Insane asylums in Bengal annual reports 1876-1887 - 1876-1887
Year: 1876
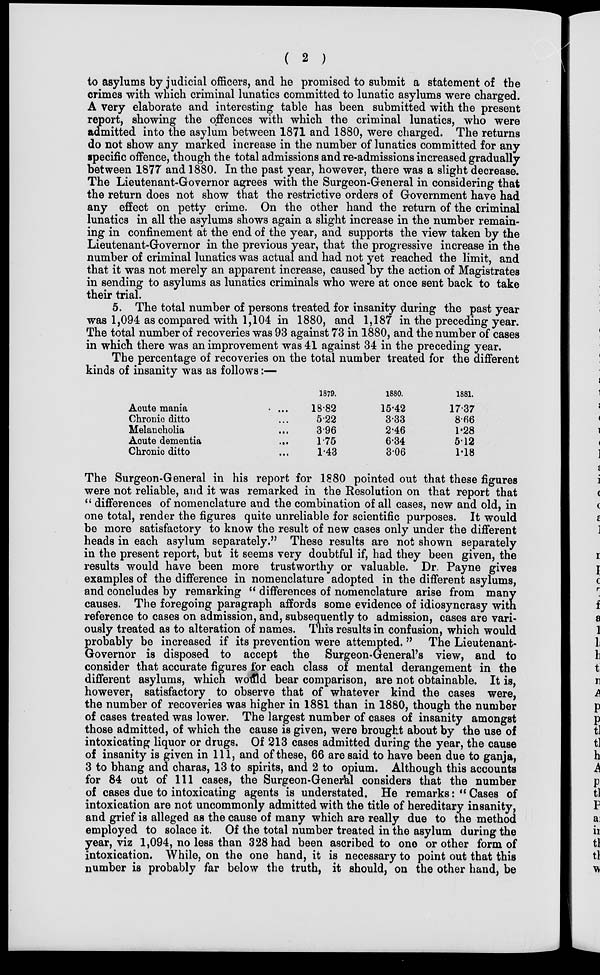
( 2 )
to asylums by judicial officers, and he promised to submit a statement of the
crimes with which criminal lunatics committed to lunatic asylums were charged.
A very elaborate and interesting table has been submitted with the present
report, showing the offences with which the criminal lunatics, who were
admitted into the asylum between 1871 and 1880, were charged. The returns
do not show any marked increase in the number of lunatics committed for any
specific offence, though the total admissions and re-admissions increased gradually
between 1877 and 1880. In the past year, however, there was a slight decrease.
The Lieutenant-Governor agrees with the Surgeon-General in considering that
the return does not show that the restrictive orders of Government have had
any effect on petty crime. On the other hand the return of the criminal
lunatics in all the asylums shows again a slight increase in the number remain-
ing in confinement at the end of the year, and supports the view taken by the
Lieutenant-Governor in the previous year, that the progressive increase in the
number of criminal lunatics was actual and had not yet reached the limit, and
that it was not merely an apparent increase, caused by the action of Magistrates
in sending to asylums as lunatics criminals who were at once sent back to take
their trial.
5. The total number of persons treated for insanity during the past year
was 1,094 as compared with 1,104 in 1880, and 1,187 in the preceding year.
The total number of recoveries was 93 against 73 in 1880, and the number of cases
in which there was an improvement was 41 against 34 in the preceding year.
The percentage of recoveries on the total number treated for the different
kinds of insanity was as follows:—
Acute mania
...
Chronic ditto ...
Melancholia ...
Acute dementia ...
Chronic ditto ...
1879.
18.82
5.22
3.96
1.75
1.43
1880.
15.42
3.33
2.46
6.34
3.06
1881.
17.37
8.66
1.28
5.12
1.18
The Surgeon-General in his report for 1880 pointed out that these figures
were not reliable, and it was remarked in the Resolution on that report that
" differences of nomenclature and the combination of all cases, new and old, in
one total, render the figures quite unreliable for scientific purposes. It would
be more satisfactory to know the result of new cases only under the different
heads in each asylum separately." These results are not shown separately
in the present report, but it seems very doubtful if, had they been given, the
results would have been more trustworthy or valuable. Dr. Payne gives
examples of the difference in nomenclature adopted in the different asylums,
and concludes by remarking " differences of nomenclature arise from many
causes. The foregoing paragraph affords some evidence of idiosyncrasy with
reference to cases on admission, and, subsequently to admission, cases are vari-
ously treated as to alteration of names. This results in confusion, which would
probably be increased if its prevention were attempted. " The Lieutenant-
Governor is disposed to accept the Surgeon-General's view, and to
consider that accurate figures for each class of mental derangement in the
different asylums, which would bear comparison, are not obtainable. It is,
however, satisfactory to observe that of whatever kind the cases were,
the number of recoveries was higher in 1881 than in 1880, though the number
of cases treated was lower. The largest number of cases of insanity amongst
those admitted, of which the cause is given, were brought about by the use of
intoxicating liquor or drugs. Of 213 cases admitted during the year, the cause
of insanity is given in 111, and of these, 66 are said to have been due to ganja,
3 to bhang and charas, 13 to spirits, and 2 to opium. Although this accounts
for 84 out of 111 cases, the Surgeon-General considers that the number
of cases due to intoxicating agents is understated. He remarks: " Cases of
intoxication are not uncommonly admitted with the title of hereditary insanity,
and grief is alleged as the cause of many which are really due to the method
employed to solace it. Of the total number treated in the asylum during the
year, viz 1,094, no less than 328 had been ascribed to one or other form of
intoxication. While, on the one hand, it is necessary to point out that this
number is probably far below the truth, it should, on the other hand, be